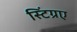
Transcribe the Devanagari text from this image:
स्टिंग्रए